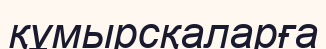
құмырсқаларға